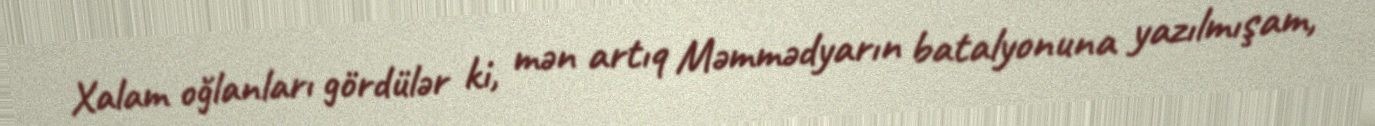
Xalam oğlanları gördülər ki, mən artıq Məmmədyarın batalyonuna yazılmışam,